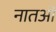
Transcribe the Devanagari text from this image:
नातओं